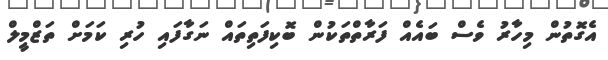
އެގޮތުން މިހާރު ވެސް ބައެއް ފަރާތްތަކުން ބޮކިފަތިތައް ނަގާފައި ހުރި ކަމަށް ތަޒްމީލް